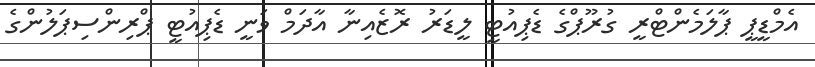
އެމްޑީޕީ ޕާލަމެންޓްރީ ގުރޫޕްގެ ޑެޕިއުޓީ ލީޑަރު ރޮޒެއިނާ އާދަމް ވަނީ ޑެޕިއުޓީ ޕްރިންސިޕަލުންގެ